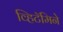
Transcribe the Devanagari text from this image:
व्हिटॅमिने